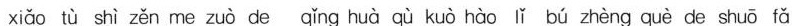
xiǎo tù shì zěn me zuò de qǐng huà qù kuò hào lǐ bú zhèng què de shuō fǎ